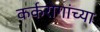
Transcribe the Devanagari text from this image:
कर्करोगांच्या